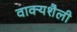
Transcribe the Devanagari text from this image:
वाक्यशैली